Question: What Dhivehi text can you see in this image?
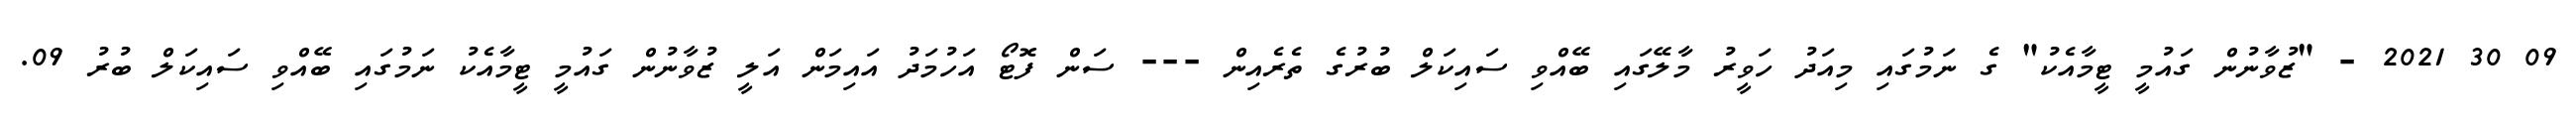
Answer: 09 30 2021 - "ޒުވާނުން ގައުމީ ޓީމާއެކު" ގެ ނަމުގައި މިއަދު ހަވީރު މާލޭގައި ބޭއްވި ސައިކަލް ބުރުގެ ތެރެއިން --- ސަން ފޮޓޯ އަހުމަދު އައިމަން އަލީ ޒުވާނުން ގައުމީ ޓީމާއެކު ނަމުގައި ބޭއްވި ސައިކަލް ބުރު 09.